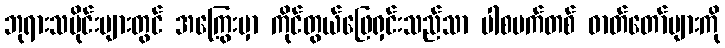
ဘုရားသမိုင်းများတွင် အကြွေးမှာ ကိုင်တွယ်ဖြေရှင်းသည်သာ ပါစပက်တစ် ဓာတ်တော်များကို